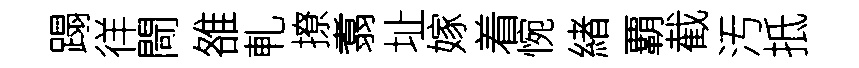
蹋徉閜雒軋撩翥址嫁着惋緖覇截汚抵